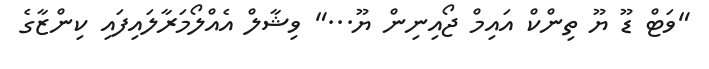
"ވަޓް ޑޫ ޔޫ ތިންކް އައިމް ޖޯއިނިން ޔޫ..." ވިޝާލް އެއްލޯމަރާލައިފައި ކިންޒާގެ